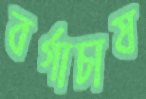
বর্গাচাষ